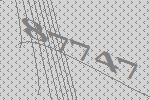
87747